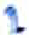
אות: י